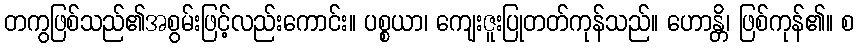
တကွဖြစ်သည်၏အစွမ်းဖြင့်လည်းကောင်း။ ပစ္စယာ၊ ကျေးဇူးပြုတတ်ကုန်သည်။ ဟောန္တိ၊ ဖြစ်ကုန်၏။ စ